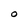
Character: O